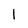
Character: 1